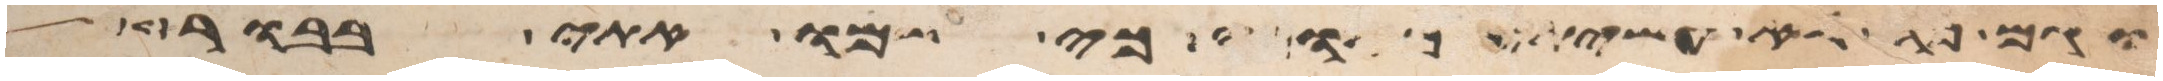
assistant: וגם פה לא עשיתי מאומה כי שמו אתי בבור